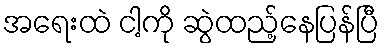
အရေးထဲ ငါ့ကို ဆွဲထည့်နေပြန်ပြီ